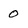
Character: 0